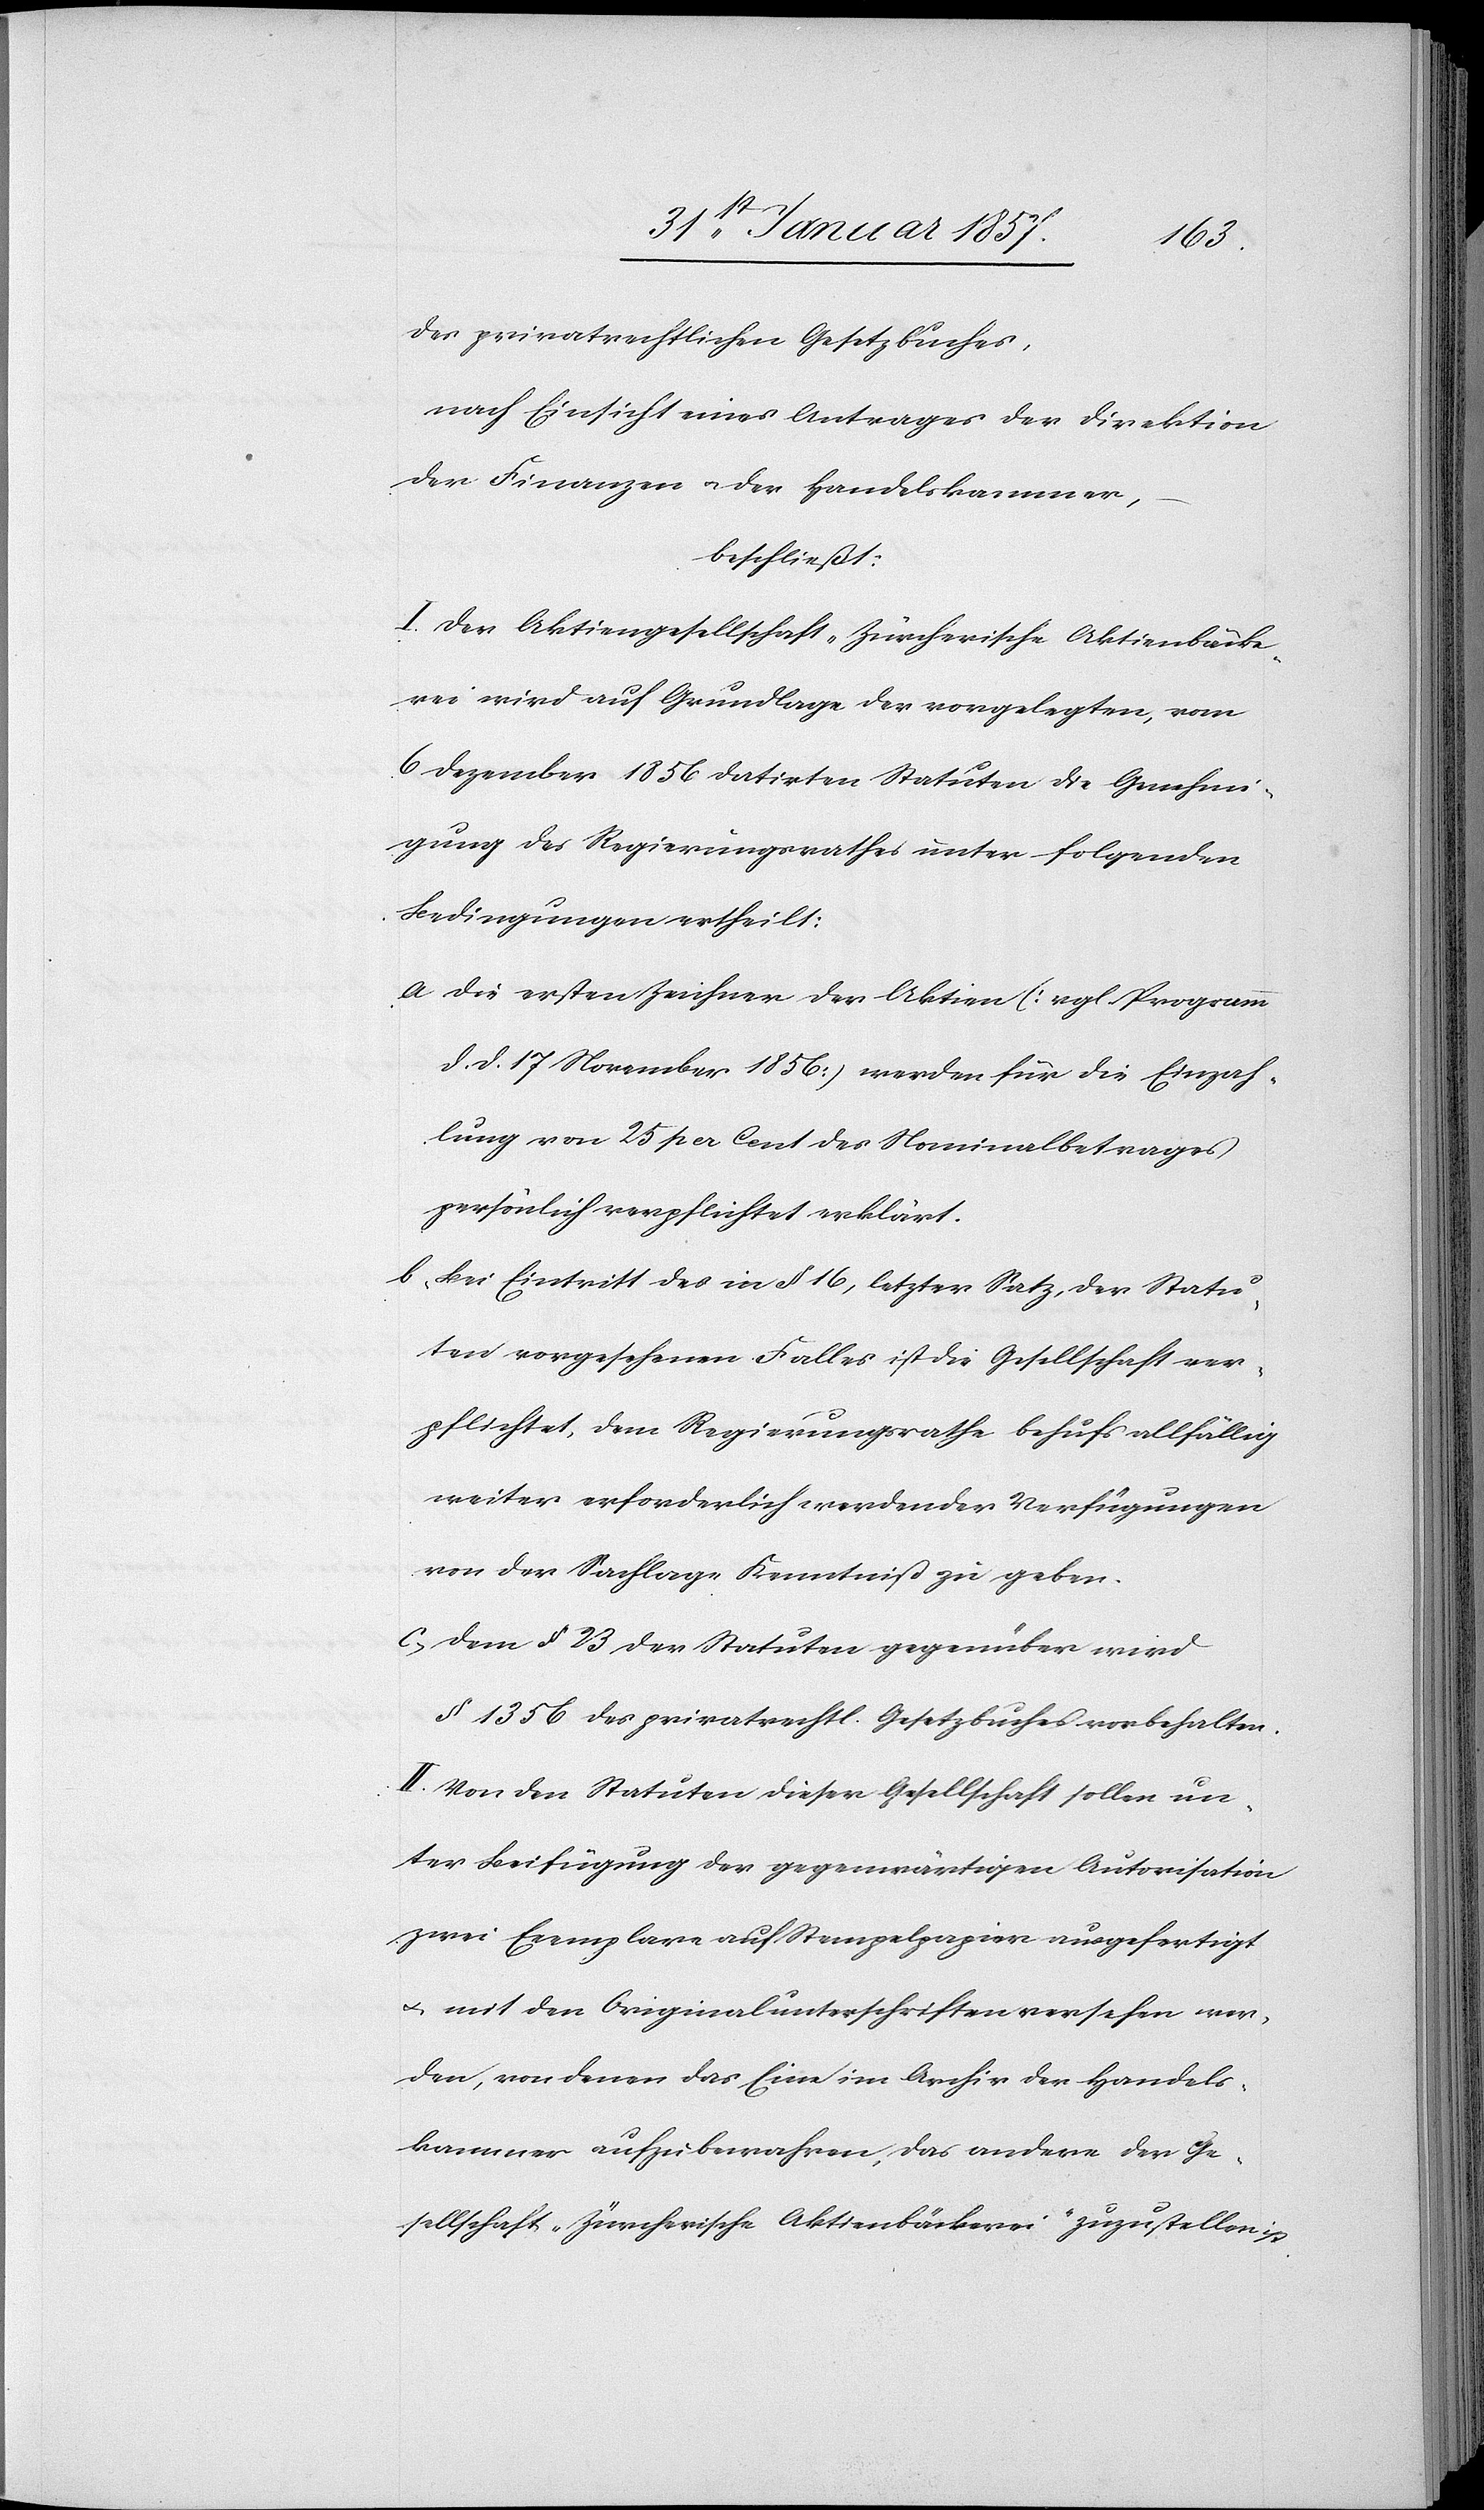
des privatrechtlichen Gesetzbuches,
nach Einsicht eines Antrages der Direktion
der Finanzen u. der Handelskammer,
beschließt:
I. Der Aktiengesellschaft „Zürcherische Aktienbäcke¬
rei[“]wird auf Grundlage der vorgelegten, vom
6 Dezember 1856 datirten Statuten die Genehmi¬
gung des Regierungsrathes unter folgenden
Bedingungen ertheilt:
a Die ersten Zeichner der Aktien [vgl. Programm
d. d. 17 November 1856] werden für die Einzah¬
lung von 25 per Cent des Nominalbetrages
persönlich verpflichtet erklärt.
b. Bei Eintritt des in § 16, letzter Satz, der Statu¬
ten vorgesehenen Falles ist die Gesellschaft ver¬
pflichtet, dem Regierungsrathe behufs allfällig
weiter erforderlich werdender Verfügungen
von der Sachlage Kenntniß zu geben.
c, Dem § 23 der Statuten gegenüber wird
§ 1356 des privatrechtl. Gesetzbuches vorbehalten.
II. Von den Statuten dieser Gesellschaft sollen un¬
ter Beifügung gegenwärtigen Autorisation
zwei Exemplare auf Stempelpapier ausgefertigt
u. mit den Originalunterschriften versehen wer¬
den, von denen das Eine im Archiv der Handels¬
kammer aufzubewahren, das andere der Ge¬
sellschaft „Zürcherische Aktienbäckerei“ zuzustellen ist.